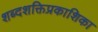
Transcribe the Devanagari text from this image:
शब्दशक्तिप्रकाशिका